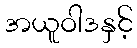
အယူဝါဒနှင့်